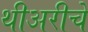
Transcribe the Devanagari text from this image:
थीअरीचे